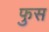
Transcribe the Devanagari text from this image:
फुस